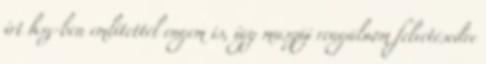
írt hsz-ben említettél engem is, így muszáj reagálnom felvetésedre